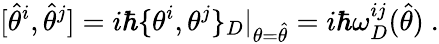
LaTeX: [\hat{\theta}^{i},\hat{\theta}^{j}]=i\hbar\{ \theta^{i},\theta^{j}\} _{D}\vert_{\theta=\hat{\theta}}=i\hbar\omega_{D}^{ij}(\hat{\theta})\ .